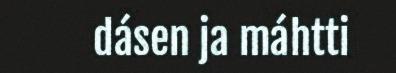
dásen ja máhtti